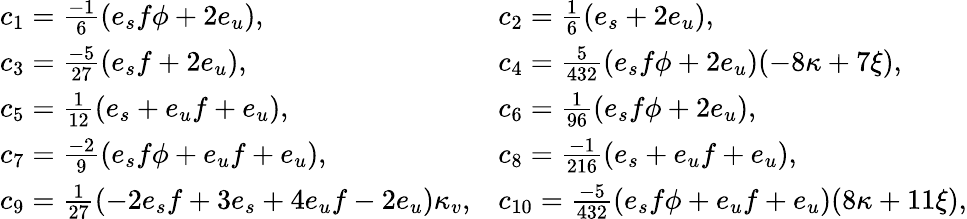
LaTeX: \begin{array}{ll}{{c_{1}={\frac{-1}{6}}(e_{s}f\phi+2e_{u}),}}&{{c_{2}={\frac{1}{6}}(e_{s}+2e_{u}),}}\\ {{c_{3}={\frac{-5}{27}}(e_{s}f+2e_{u}),}}&{{c_{4}={\frac{5}{432}}(e_{s}f\phi+2e_{u})(-8\kappa+7\xi),}}\\ {{c_{5}={\frac{1}{12}}(e_{s}+e_{u}f+e_{u}),}}&{{c_{6}={\frac{1}{96}}(e_{s}f\phi+2e_{u}),}}\\ {{c_{7}={\frac{-2}{9}}(e_{s}f\phi+e_{u}f+e_{u}),}}&{{c_{8}={\frac{-1}{216}}(e_{s}+e_{u}f+e_{u}),}}\\ {{c_{9}={\frac{1}{27}}(-2e_{s}f+3e_{s}+4e_{u}f-2e_{u})\kappa_{v},}}&{{c_{10}={\frac{-5}{432}}(e_{s}f\phi+e_{u}f+e_{u})(8\kappa+11\xi),}}\end{array}